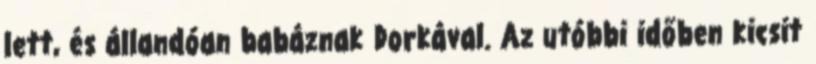
lett, és állandóan babáznak Dorkával. Az utóbbi időben kicsit